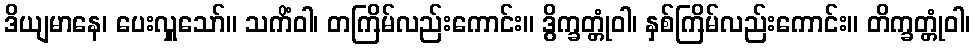
ဒိယျမာနေ၊ ပေးလှူသော်။ သကိံဝါ၊ တကြိမ်လည်းကောင်း။ ဒွိက္ခတ္တုံဝါ၊ နှစ်ကြိမ်လည်းကောင်း။ တိက္ခတ္တုံဝါ၊